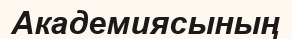
Академиясының